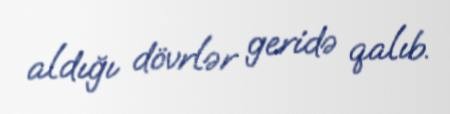
aldığı dövrlər geridə qalıb.